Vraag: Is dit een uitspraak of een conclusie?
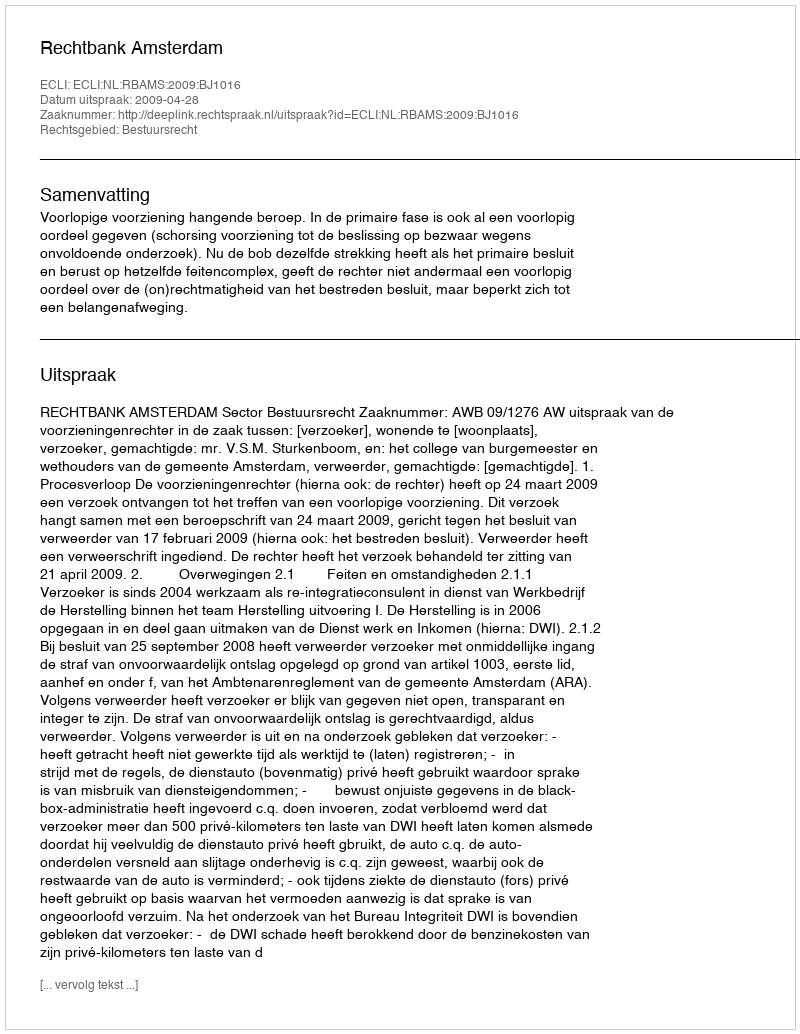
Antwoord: Uitspraak